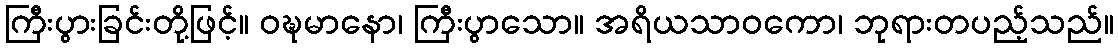
ကြီးပွားခြင်းတို့ဖြင့်။ ဝဍ္ဎမာနော၊ ကြီးပွာသော။ အရိယသာဝကော၊ ဘုရားတပည့်သည်။